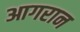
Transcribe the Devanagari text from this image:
आगरान